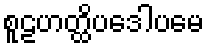
စူဠဟတ္ထိပဒေါပမေ